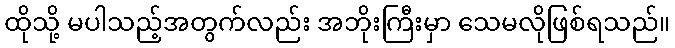
ထိုသို့ မပါသည့်အတွက်လည်း အဘိုးကြီးမှာ သေမလိုဖြစ်ရသည်။